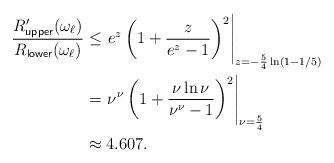
LaTeX: \begin{align*}\frac{R'_{\sf upper}(\omega_\ell)}{R_{\sf lower}(\omega_\ell)} &\le \left. e^z\left(1 + \frac{z}{e^z-1}\right)^2 \right|_{z=-\frac{5}{4}\ln(1-1/5)} \\&= \left. \nu^\nu\left(1 + \frac{\nu\ln\nu}{\nu^\nu-1}\right)^2 \right|_{\nu=\frac{5}{4}} \\& \approx 4.607.\end{align*}